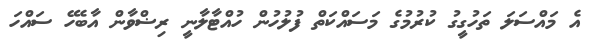
އެ މައްސަލަ ތަހުގީގު ކުރުމުގެ މަސައްކަތް ފުލުހުން ހުއްޓާލާނީ ރިޟްވާން އާބެހޭ ސައްހަ